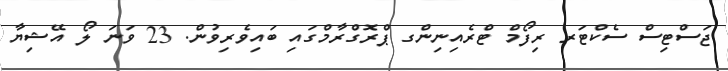
ޖަސްޓިސް ސެކްޓަރ ރިފޯމް ޓްރެއިނިންގ ޕްރޮގްރާމްގައި ބައިވެރިވުން. 23 ވަނަ ލޯ އޭޝިޔާ